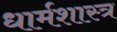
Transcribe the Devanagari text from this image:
धार्मशास्त्र